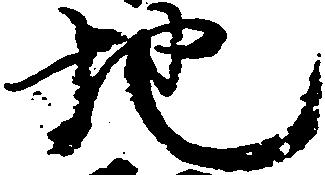
地